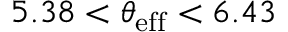
5 . 3 8 < \theta _ { \mathrm { e f f } } < 6 . 4 3